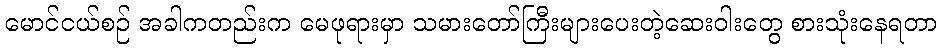
မောင်ငယ်စဉ် အခါကတည်းက မေဖုရားမှာ သမားတော်ကြီးများပေးတဲ့ဆေးဝါးတွေ စားသုံးနေရတာ